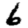
Digit: 6